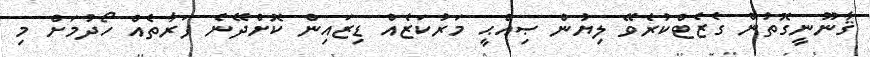
ޤާނޫނީގޮތުން ގެޒެޓްކުރެވޭ ލިޔުން ޞިއްޙީ މަރުކަޒެއް ޑިޒައިން ކޮށްދޭނެ ފަރާތެއް ހޯދުމަށް މި